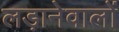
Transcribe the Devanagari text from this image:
लड़ानेवालों